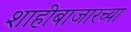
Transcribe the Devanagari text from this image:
शाहीबाजारच्या